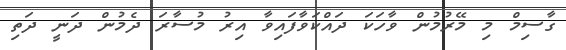
ގާސިމް މި މޭރުމުން ވާހަކަ ދައްކަވާފައިވާ އިރު މުސާރަ ދެމުން ދަނީ ދަތި